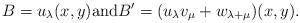
LaTeX: \begin{align*}B = u_\lambda(x,y) \mbox{and} B' = (u_\lambda v_\mu + w_{\lambda + \mu})(x,y).\end{align*}